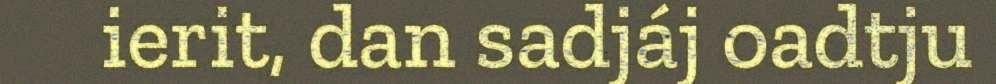
ierit, dan sadjáj oadtju